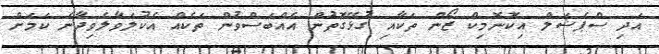
އަދި ސްޕެޝަލް އިކޮނޮމިކް ޒޯން ތަކާއި ގުޅޭގޮތުން އެއްބަސްވުން ތަކެއް އެކުލަވާލެވިދާނެ ކަމަށް